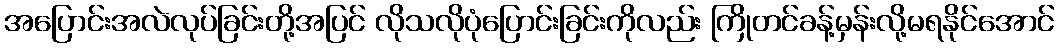
အပြောင်းအလဲလုပ်ခြင်းတို့အပြင် လိုသလိုပုံပြောင်းခြင်းကိုလည်း ကြိုတင်ခန့်မှန်းလို့မရနိုင်အောင်